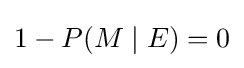
1-P(M\mid E)=0